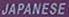
JAPANESE